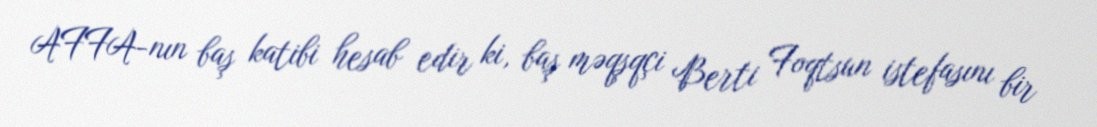
AFFA-nın baş katibi hesab edir ki, baş məqşqçi Berti Foqtsun istefasını bir